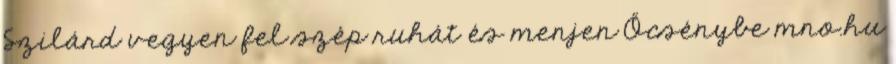
Szilárd vegyen fel szép ruhát és menjen Őcsénybe mno.hu